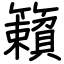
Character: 籟